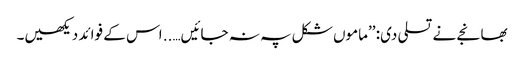
بھانجے نے تسلی دی: ’’ماموں شکل پہ نہ جائیں….. اس کے فوائد دیکھیں۔